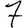
Digit: 7